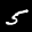
Label: 5